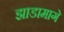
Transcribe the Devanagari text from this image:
झाडामागे